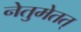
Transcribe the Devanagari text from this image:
नेतुमेतत्‌